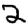
Digit: 2